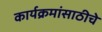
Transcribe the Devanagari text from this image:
कार्यक्रमांसाठीचे